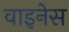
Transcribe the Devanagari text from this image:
वाइनेस